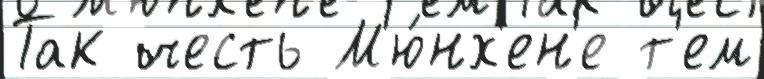
Так честь М'ю́нх'ен'е т'ем